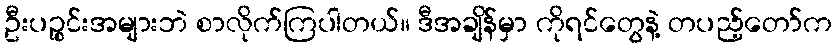
ဦးပဉ္စင်းအများဘဲ စာလိုက်ကြပါတယ်။ ဒီအချိန်မှာ ကိုရင်တွေနဲ့ တပည့်တော်က